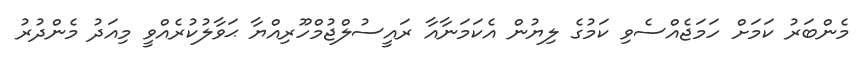
މެންބަރު ކަމަށް ހަމަޖެއްސެވި ކަމުގެ ލިޔުން އެކަމަނާއާ ރައީސުލްޖުމްހޫރިއްޔާ ޙަވާލުކުރެއްވީ މިއަދު މެންދުރު